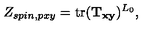
Z _ { s p i n , p x y } = \mathrm { t r } ( { \bf T _ { x y } } ) ^ { L _ { 0 } } ,